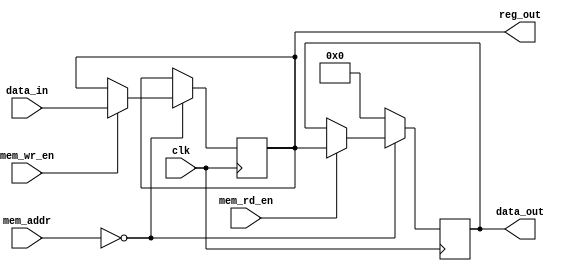
`timescale 1ns / 1ps
//////////////////////////////////////////////////////////////////////////////////
// Company: 
// 
// Design Name: 
// Module Name:    mem_mapped_reg 
// Project Name: 
// Target Devices: 
// Tool versions: 
// Description: 
//
// Dependencies: 
//
// Revision: 
// Revision 0.01 - File Created
// Additional Comments: 
//
//////////////////////////////////////////////////////////////////////////////////
module mem_mapped_reg(
    input clk,
    input [15:0] mem_addr,
    input mem_wr_en,
    input mem_rd_en,
    input [15:0] data_in,
    output reg [15:0] data_out,
    output [15:0] reg_out
    );

  parameter DEFAULT = 16'b0;
  parameter ADDR = 16'b0;

  reg [15:0] r = DEFAULT;
  assign reg_out = r;

  always @(posedge clk)
    if (mem_addr == ADDR) begin
      if (mem_wr_en) r <= data_in;
      if (mem_rd_en) data_out <= r;
    end
    else
      data_out <= 16'b0;
endmodule